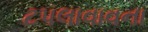
ટપલાવાવના